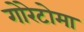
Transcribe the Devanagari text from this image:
गोरेटोमा